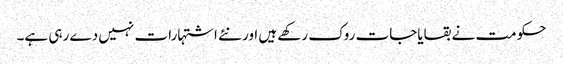
حکومت نے بقایاجات روک رکھے ہیں اور نئے اشتہارات نہیں دے رہی ہے۔